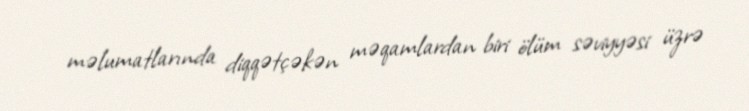
məlumatlarında diqqətçəkən məqamlardan biri ölüm səviyyəsi üzrə